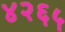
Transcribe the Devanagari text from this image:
४२६५